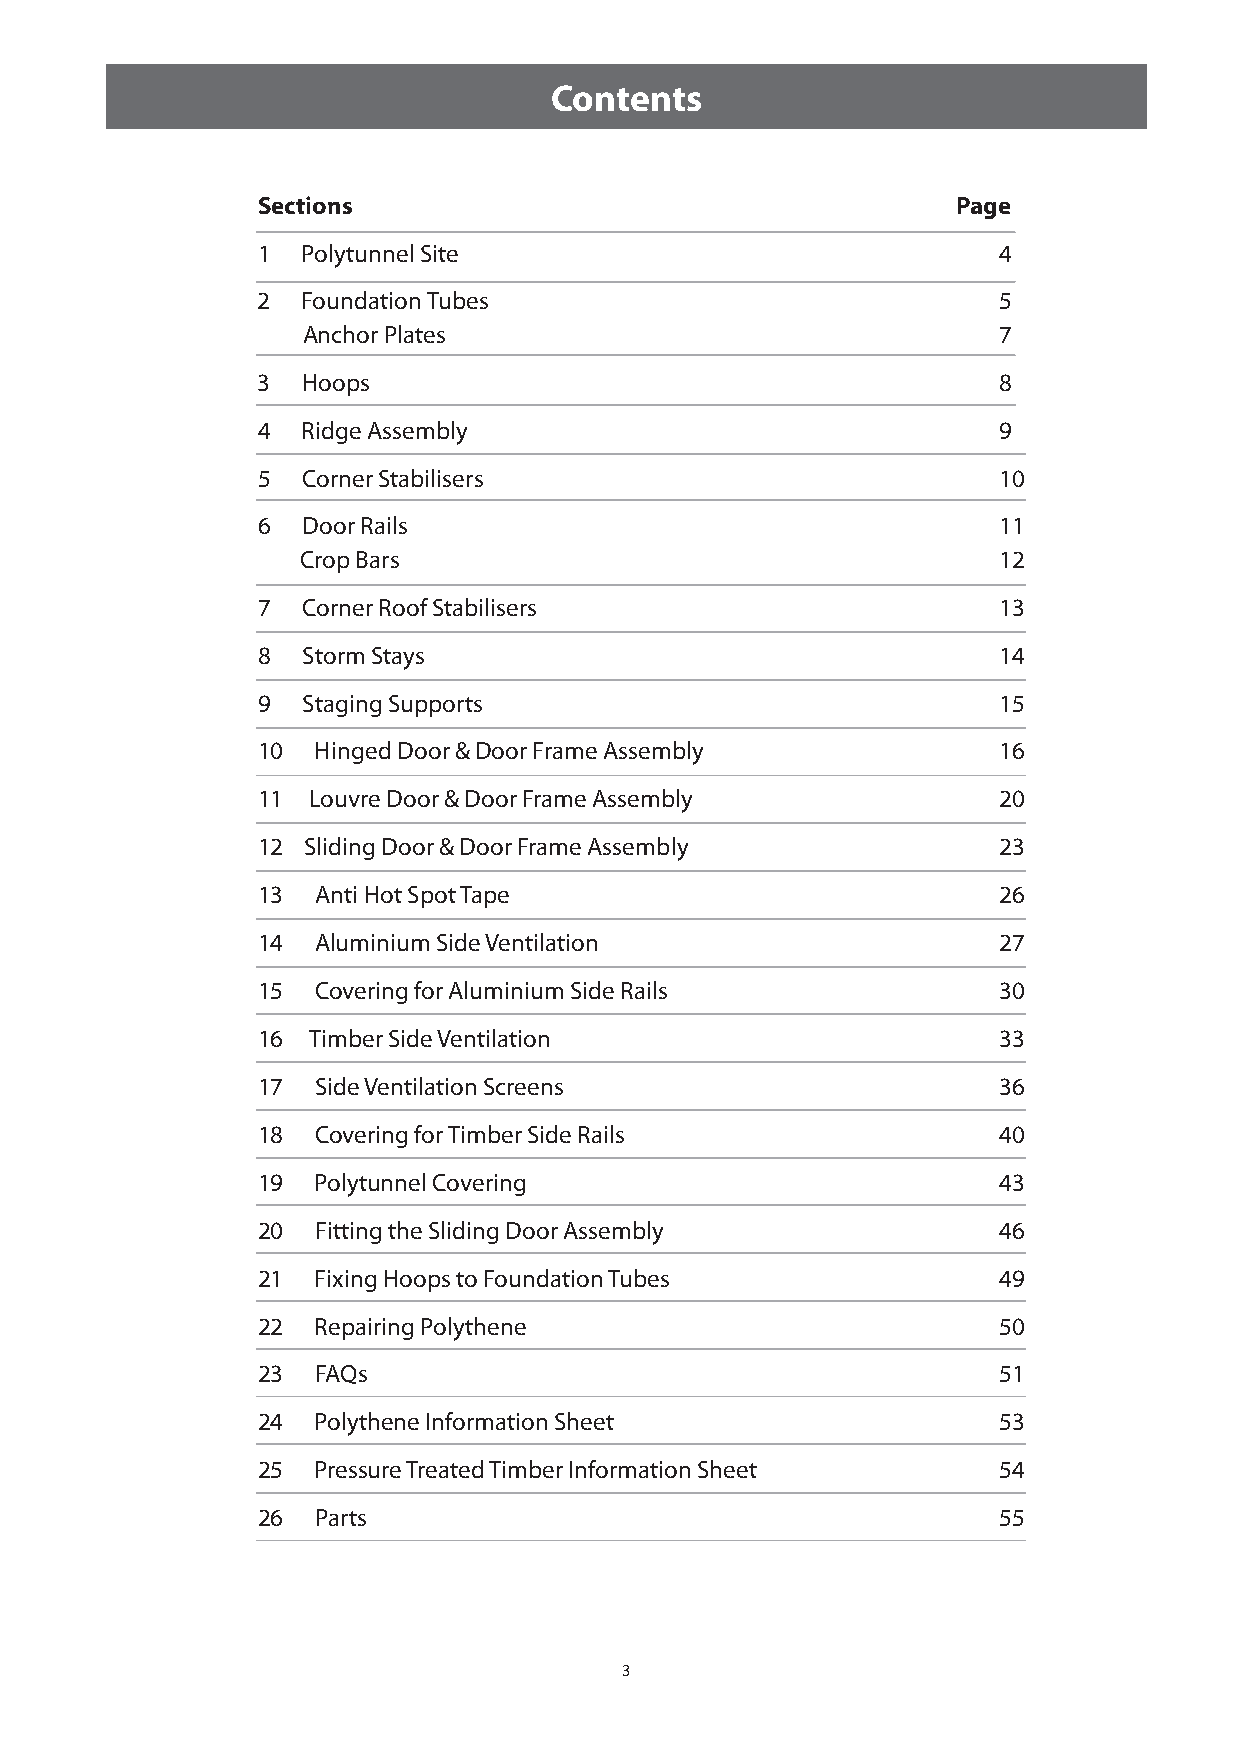
Contents
 Sections                                      Page
 1  Polytunnel Site                               4
 2  Foundation Tubes                              5
 Anchor Plates                                 7
 3  Hoops                                         8
 4  Ridge Assembly                                9
 5  Corner Stabilisers                            10
 6  Door Rails                                    11
 Crop Bars                                     12
 7  Corner Roof Stabilisers                       13
 8  Storm Stays                                   14
 9  Staging Supports                              15
 10  Hinged Door & Door Frame Assembly            16
 11  Louvre Door & Door Frame Assembly            20
 12 Sliding Door & Door Frame Assembly            23
 13  Anti Hot Spot Tape                           26
 14  Aluminium Side Ventilation                   27
 15  Covering for Aluminium Side Rails            30
 16 Timber Side Ventilation                       33
 17  Side Ventilation Screens                     36
 18  Covering for Timber Side Rails               40
 19  Polytunnel Covering                          43
 20  Fitting the Sliding Door Assembly            46
 21  Fixing Hoops to Foundation Tubes             49
 22  Repairing Polythene                          50
 23  FAQs                                         51
 24  Polythene Information Sheet                  53
 25  Pressure Treated Timber Information Sheet    54
 26  Parts                                        55
 3